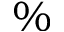
\%